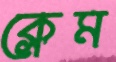
ক্লেম